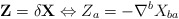
\begin{align*}\mathbf{Z}=\delta\mathbf{X} \Leftrightarrow Z_{a} = - \nabla^{b} X_{ba}\end{align*}